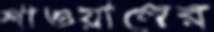
শাওয়ালের